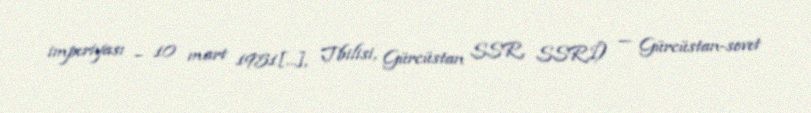
imperiyası – 10 mart 1951[…], Tbilisi, Gürcüstan SSR, SSRİ) — Gürcüstan-sovet